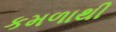
કમળાથી